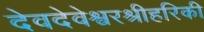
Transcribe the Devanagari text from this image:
देवदेवेश्वरश्रीहरिकी